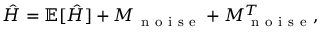
\hat { H } = \mathbb { E } [ \hat { H } ] + M _ { \mathrm { ~ n ~ o ~ i ~ s ~ e ~ } } + M _ { \mathrm { ~ n ~ o ~ i ~ s ~ e ~ } } ^ { T } ,